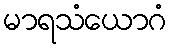
မာရသံယောဂံ